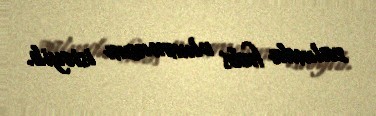
zalında həbs olunmasını istəyib.